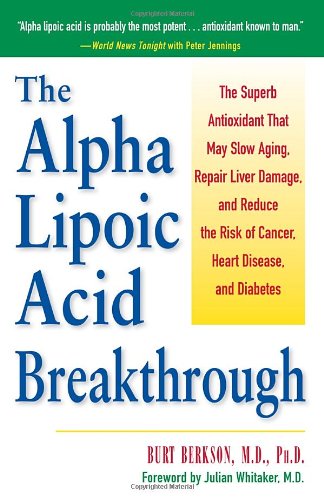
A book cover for Alpha Lipoic Acid Breakthrough: The Superb Antioxidant That May Slow Aging, Repair Liver Damage, and Reduce the Risk of Cancer, Heart Disease, and Diabetes; Burt Berkson; Health, Fitness & Dieting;